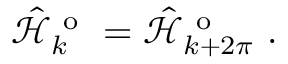
\hat { \mathcal { H } } _ { k } ^ { \mathrm { ~ o ~ } } = \hat { \mathcal { H } } _ { k + 2 \pi } ^ { \mathrm { ~ o ~ } } \mathrm { ~ . ~ }